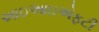
આઇઆઇએફટી